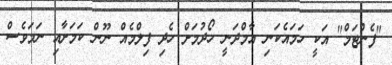
"ފެންޓަމް" އަކީ ހަމައެކަނި އާމްދަނީ ހޯދުމަށް ހެދި ފިލްމެއް ނޫން ކަމަށާއި ނަމަވެސް